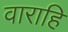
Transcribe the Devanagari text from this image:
वाराहि